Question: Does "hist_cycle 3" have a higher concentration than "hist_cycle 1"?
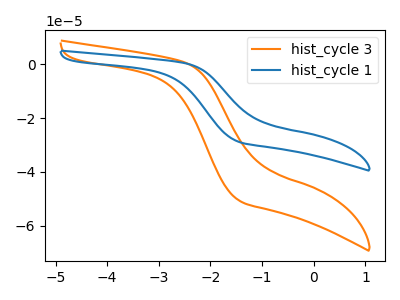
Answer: <think>The orange curve "hist_cycle 3" has no peaks. The blue curve "hist_cycle 1" has no peaks.
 Neither "hist_cycle 3" or "hist_cycle 1" have any peaks.</think>
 <answer>I cant tell if "hist_cycle 3" or "hist_cycle 1" has higher concentration.</answer>
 <eval>mixed_concentration</eval>